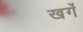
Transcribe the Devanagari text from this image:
खर्गे